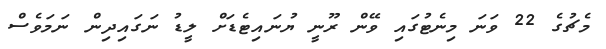
މެޗުގެ 22 ވަނަ މިނެޓުގައި ވޭން ރޫނީ ޔުނައިޓެޑަށް ލީޑު ނަގައިދިން ނަމަވެސް